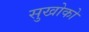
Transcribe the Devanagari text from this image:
सुखोको